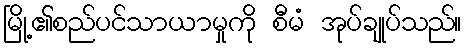
မြို့၏စည်ပင်သာယာမှုကို စီမံ အုပ်ချုပ်သည်။